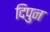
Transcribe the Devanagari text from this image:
दिपुन